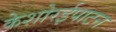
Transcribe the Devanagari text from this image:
केशोरईपाटन